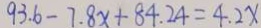
9 3 . 6 - 7 . 8 x + 8 4 . 2 4 = 4 . 2 x